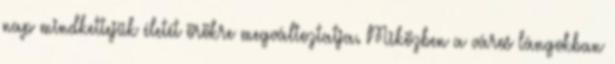
nap mindkettejük életét örökre megváltoztatja. Miközben a város lángokban